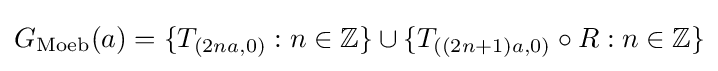
G_{\text{Moeb}}(a)=\{T_{(2na,0)}:n\in \mathbb {Z} \}\cup \{T_{((2n+1)a,0)}\circ R:n\in \mathbb {Z} \}